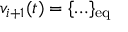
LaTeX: v _ { i + 1 } ( t ) = \{ \ldots \} _ { \mathrm { e q } }